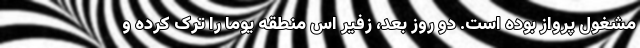
مشغول پرواز بوده است. دو روز بعد، زفیر اس منطقه یوما را ترک کرده و